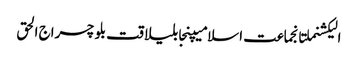
الیکشنملتانجماعت اسلامیپنجابلیاقت بلوچسراج الحق